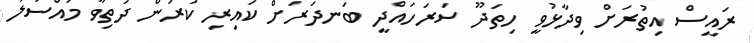
ރައީސް އިތުރަށް ވިދާޅުވީ ހިތަދޫ ސަރަހައްދީ ބަނދަަރަށް ކައިރި ކުރަން ދަތިވާ މައްސަލަ